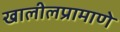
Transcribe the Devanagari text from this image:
खालीलप्रामाणे